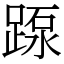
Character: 𨂽